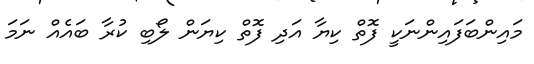
މައިންބަފައިންނަކީ ފޮތް ކިޔާ އަދި ފޮތް ކިޔަން ލޯބި ކުރާ ބައެއް ނަމަ